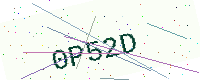
Text: 0P52D